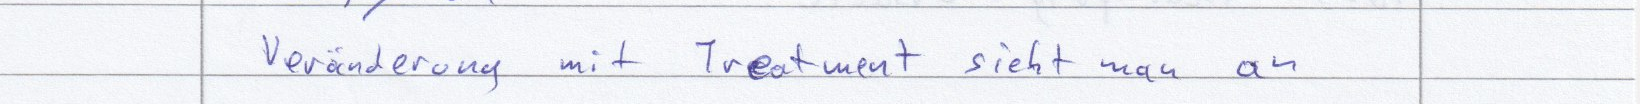
Veränderung mit Treatment sieht man an